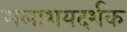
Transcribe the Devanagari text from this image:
मलाशयदर्शक